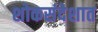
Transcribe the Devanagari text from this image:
शोकसंदेशात